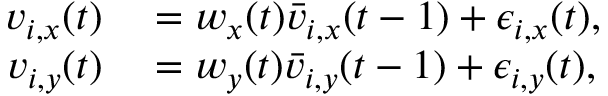
\begin{array} { r l } { v _ { i , x } ( t ) } & { { } = w _ { x } ( t ) \bar { v } _ { i , x } ( t - 1 ) + \epsilon _ { i , x } ( t ) , } \\ { v _ { i , y } ( t ) } & { { } = w _ { y } ( t ) \bar { v } _ { i , y } ( t - 1 ) + \epsilon _ { i , y } ( t ) , } \end{array}